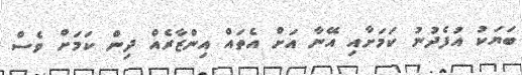
ބަޔަކު އުފެދުނު ކަމަށާއި އޭނާ އަށް އެތައް އިންޒާރެއް ދިން ކަމަށް ވެސް